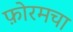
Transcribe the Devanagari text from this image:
फ़ोरमचा